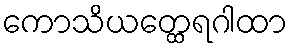
ကောသိယတ္ထေရဂါထာ